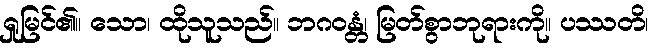
ရှုမြင်၏။ သော၊ ထိုသူသည်။ ဘဂဝန္တံ၊ မြတ်စွာဘုရားကို။ ပဿတိ၊